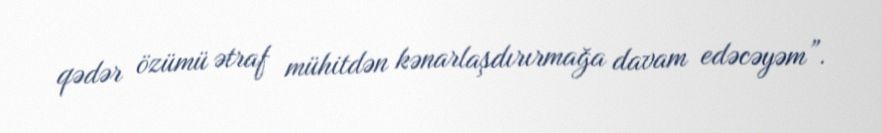
qədər özümü ətraf mühitdən kənarlaşdırırmağa davam edəcəyəm”.